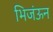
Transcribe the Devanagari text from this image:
भिजंऊन